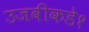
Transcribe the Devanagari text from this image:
उजवीकडे१